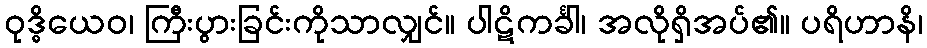
ဝုဒ္ဓိယေဝ၊ ကြီးပွားခြင်းကိုသာလျှင်။ ပါဋိကင်္ခါ၊ အလိုရှိအပ်၏။ ပရိဟာနိ၊